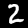
Label: 2